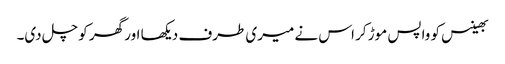
بھینس کو واپس موڑ کر اس نے میری طرف دیکھا اور گھر کو چل دی۔